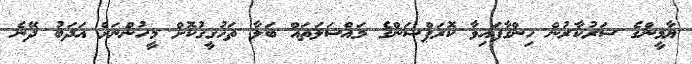
ޔާމީންގެ ސަރުކާރުން ހިންގާފައިވާ ކޮރަޕްޝަންގެ މައްސަލަތައް ބަލާ ތަހުގީގުކޮށް މީހުންނަށް އަދަބު ދޭނެ